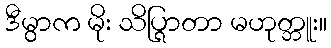
ဒီမွာက မိုး သိပ္ရြာတာ မဟုတ္ဘူး။